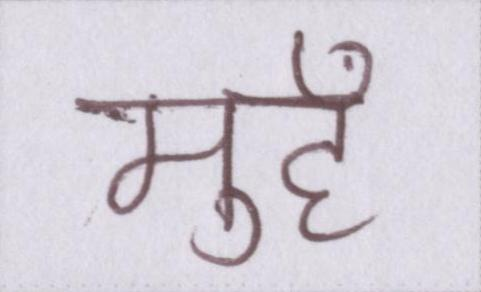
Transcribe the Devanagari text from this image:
मुहँ